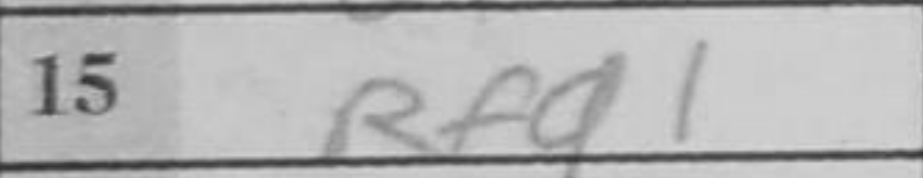
Transcription: Rfd1